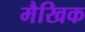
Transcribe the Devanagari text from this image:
मैखिक